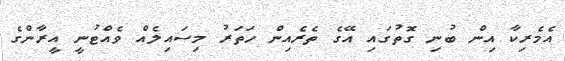
އެމެރިކާ އިން ބުނި ގޮތުގައި އޭގެ ތެރެއިން ހަތަރު މިސައިލެއް ވެއްޓުނީ އީރާންގެ